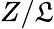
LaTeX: Z/\mathfrak{L}